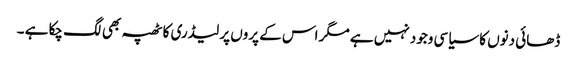
ڈھائی دنوں کا سیاسی وجود نہیں ہے مگر اس کے پروں پر لیڈری کا ٹھپہ بھی لگ چکا ہے ۔